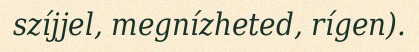
szíjjel, megnízheted, rígen).